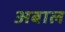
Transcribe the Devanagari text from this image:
अबाल